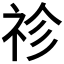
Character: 𥘼